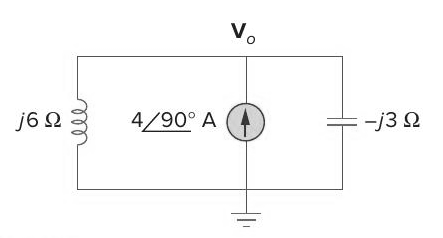
Components in this circuit:
inductor
current source
capacitor